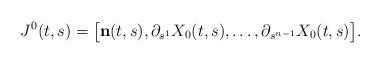
LaTeX: \begin{align*} J^0(t,s) = \bigl[\bold{n}(t,s),\partial_{s^1}X_0(t,s),\ldots,\partial_{s^{n-1}}X_0(t,s)\bigr].\end{align*}